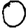
Digit: 0